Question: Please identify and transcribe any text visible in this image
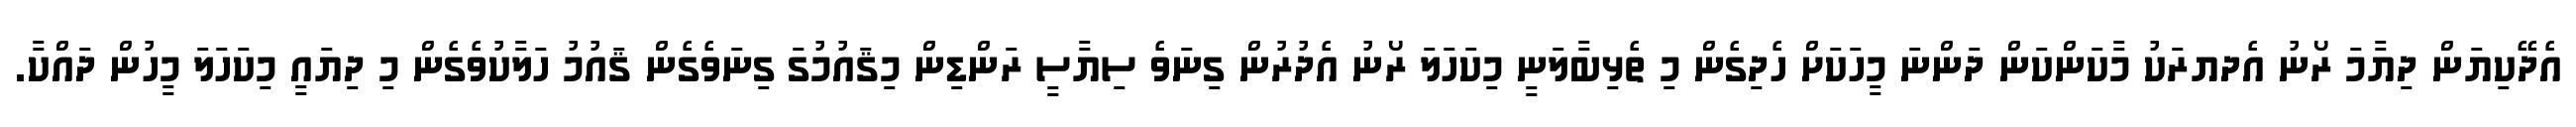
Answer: އެދޭކިޔަން ދިޔާމަ ރޯނު އެދޔރަކު މާކަންކަން ދަންނަ މީހަކަށް ހެދިގެން މި ތެޅިބާލަނީ މިކަހަލަ ރޯނު އެދުރުން ގިނަވެ ސިޔާސީ ރަންޑިން މިޤައުމުގަ ގިނަވެގެން ޤައުމު ހަލާކުވެގެން މި ދިޔައީ މިކަހަލަ މީހުން ދައްކާ.